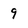
Character: 9